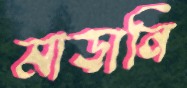
মাড়ানি